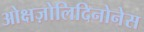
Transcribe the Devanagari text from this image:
ओक्षज़ोलिदिनोनेस